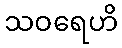
သဝရေဟိ